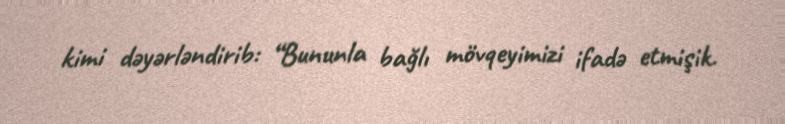
kimi dəyərləndirib: “Bununla bağlı mövqeyimizi ifadə etmişik.